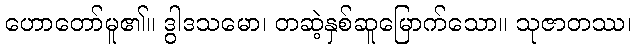
ဟောတော်မူ၏။ ဒွါဒသမော၊ တဆဲ့နှစ်ဆူမြောက်သော။ သုဇာတဿ၊